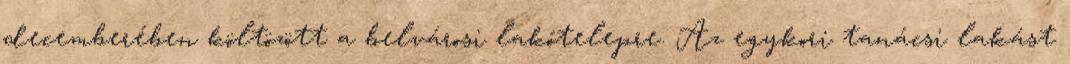
decemberében költözött a belvárosi lakótelepre. Az egykori tanácsi lakást